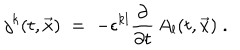
j ^ { k } ( t , { \vec { x } } ) \; = \; - \epsilon ^ { k l } \frac { \partial } { \partial t } \, A _ { l } ( t , { \vec { x } } ) \; .